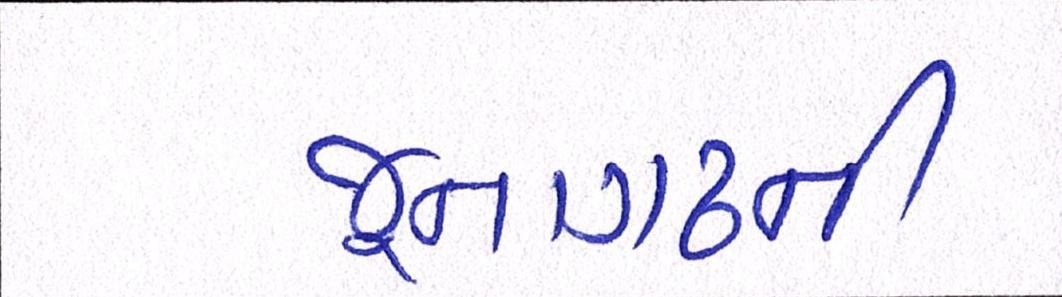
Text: જૂનાગઢની